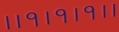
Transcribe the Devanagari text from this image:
।।१।१।१।।